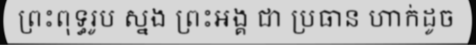
ព្រះពុទ្ធរូប ស្នង ព្រះអង្គ ជា ប្រធាន ហាក់ដូច